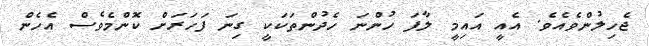
ޖެހިލުންވެއެވެ. އެއީ އައިމީ ލާފަ ހުންނަ ހެދުންތަކަކީ ގިނަ ފަހަރަށް ކޮންމެވެސް އެހެން